Vaccination report Assam 1874-1896 - 1874-1896
Year: 1874
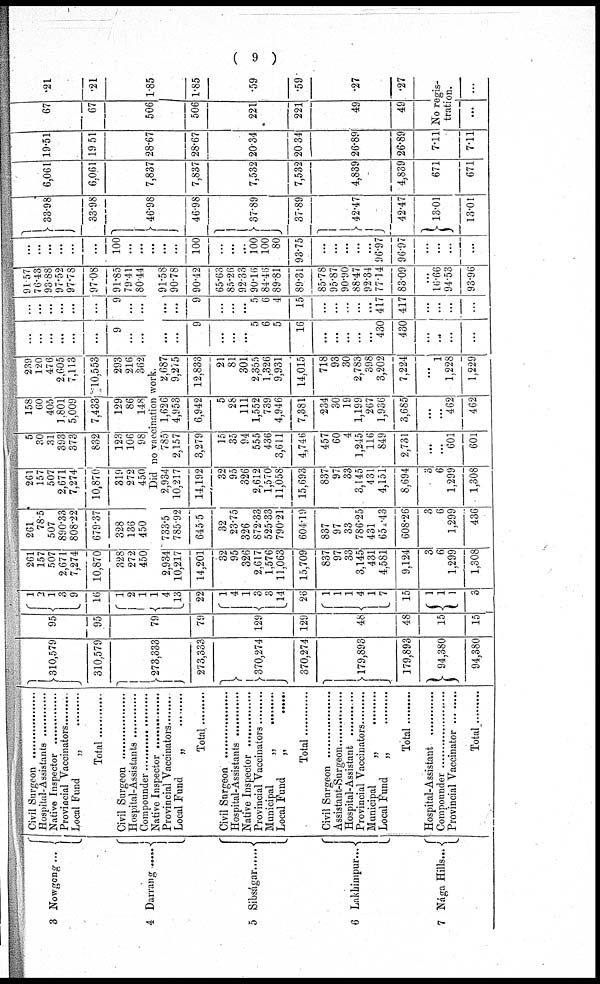
( 9 )
3 Nowgong ...
4
Darrang ....
5
Sibságar ......
6 Lakhimpur...
7 Nága Hills...
Civil Surgeon ..................
Hospital-Assistants ...............
Native Inspector ...............
Provincial vaccinators .........
Local Fund „ ......
Total
Civil Surgeon ..................
Hospital-Assistants ...............
Compounder .....................
Native Inspector ...............
Provincial vaccinators .........
Local Fund „ ......
Total .........
Civil Surgeon ..................
Hospital-Assistants ...............
Native Inspector ...............
Provincial vaccinators .........
Municipal „ .........
Local Fund „ ......
Total .........
Civil Surgeon ..................
Assistant-Surgeon ...............
Hospital-Assistants ...............
Provincial vaccinators .........
Municipal „ .........
Local Fund „ ......
Total .........
Hospital-Assistants ...............
Compounder .....................
Provincial vaccinators .........
Total
310,579
310,579
273,333
273,333
370,274
370,274
179,893
179,893
94,380
94,380
95
95
79
79
129
129
48
48
15
15
1
2
1
3
9
16
1
2
1
1
4
13
22
1
4
1
3
3
14
26
1
1
1
4
1
7
15
1
1
1
3
261
157
507
2,671
7,274
10,870
328
272
450
261
78.5
507
890.33
808.22
679.37
328
136
450
261
157
507
2,671
7,274
10,870
319
272
450
5
30
31
393
373
832
123
106
98
158
60
405
1,801
5,009
7,433
129
86
148
239
120
476
2,605
7,113
10,553
293
216
362
...
...
...
...
...
...
9
...
...
...
...
...
...
...
...
9
...
...
91.57
76.43
93.88
97.52
97.78
97.08
91.85
79.41
80.44
Did no vaccination work.
2,934
10,217
14,201
32
95
326
2,617
1,576
11,063
15,709
837
97
33
3,145
431
4,581
9,124
3
6
1,299
1,308
733.5
785.92
645.5
32
23.75
326
872.33
525.33
790.21
604.19
837
97
33
786.25
431
65.43
608.26
3
6
1,299
436
2,934
10,217
14,192
32
95
326
2,612
1,570
11,058
15,693
837
97
33
3,145
431
4,151
8,694
3
6
1,299
1,308
785
2,157
3,279
15
35
94
555
436
3,611
4,746
457
60
4
1,245
116
849
2,731
...
...
601
601
1,626
4,953
6,942
5
28
111
1,552
739
4,946
7,381
234
30
19
1,199
267
1,936
3,685
...
...
462
462
2,687
9,275
12,833
21
81
301
2,355
1,326
9,931
14,015
718
93
30
2,783
398
3,202
7,224
...
1
1,228
1,229
...
...
9
...
...
...
5
6
5
16
...
...
...
...
...
430
430
...
...
...
...
...
...
9
...
...
...
5
6
4
15
...
...
...
...
...
417
417
...
...
...
...
91.58
90.78
90.42
65.63
85.26
92.33
90.16
84.46
89.81
89.31
85.78
95.87
90.90
88.47
92.34
77.14
83.09
...
16.66
94.53
93.96
...
...
...
...
...
...
100
...
...
...
...
...
100
...
...
...
100
100
80
93.75
...
...
...
...
...
96.97
96.97
...
...
...
...
33.98
33.98
46.98
46.98
37.89
37.89
42.47
42.47
13.01
13.01
6,061
6,061
7,837
7,837
7,532
7,532
4,839
4,839
671
671
19.51
19.51
28.67
28.67
20.34
20.34
26.89
26.89
7.11
7.11
67
67
506
506
221
221
49
49
.21
.21
1.85
1.85
.59
.59
.27
.27
No regis-
tration.
... ...